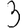
Digit: 3